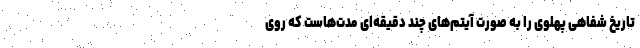
تاریخ شفاهی پهلوی را به صورت آیتم‌های چند دقیقه‌ای مدت‌هاست که روی